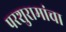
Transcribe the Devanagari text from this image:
परशुरामांचा